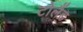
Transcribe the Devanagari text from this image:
टोलैंड